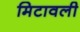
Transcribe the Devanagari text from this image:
मिटावली